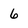
Character: 6